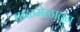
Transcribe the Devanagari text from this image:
ताळमेळातून